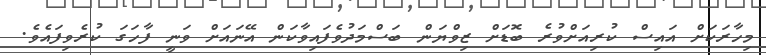
މިހާރަކަށް އައިސް ކުރިއަށްވުރެ ބޮޑަށް ޒިވްޔަން ބަސްމަދުވެފައިވާކަން އޭނައަށް ވަނީ ފާހަގަ ކުރެވިފައެވެ.